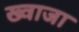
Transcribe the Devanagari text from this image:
ख्‍वाजा